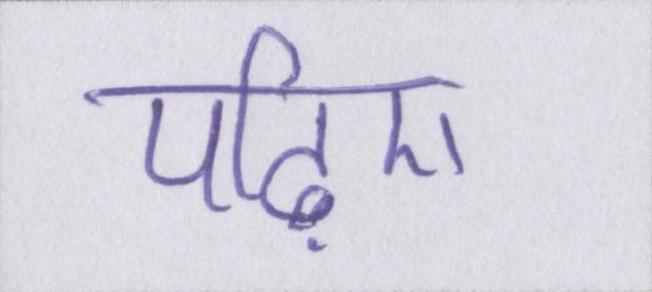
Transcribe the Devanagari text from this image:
पढ़िए